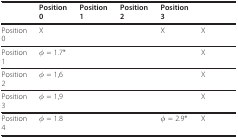
<table><thead><tr><td>[EMPTY_CELL]</td><td><b>Position 0</b></td><td><b>Position 1</b></td><td><b>Position 2</b></td><td><b>Position 3</b></td><td>[EMPTY_CELL]</td></tr></thead><tbody><tr><td>Position 0</td><td>X</td><td>[EMPTY_CELL]</td><td>[EMPTY_CELL]</td><td>X</td><td>X</td></tr><tr><td>Position 1</td><td>φ = 1.7*</td><td>[EMPTY_CELL]</td><td>[EMPTY_CELL]</td><td>[EMPTY_CELL]</td><td>X</td></tr><tr><td>Position 2</td><td>φ = 1,6</td><td>[EMPTY_CELL]</td><td>[EMPTY_CELL]</td><td>[EMPTY_CELL]</td><td>X</td></tr><tr><td>Position 3</td><td>φ = 1,9</td><td>[EMPTY_CELL]</td><td>[EMPTY_CELL]</td><td>[EMPTY_CELL]</td><td>X</td></tr><tr><td>Position 4</td><td>φ = 1.8</td><td>[EMPTY_CELL]</td><td>[EMPTY_CELL]</td><td>φ = 2.9*</td><td>X</td></tr></tbody></table>